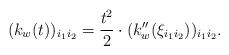
LaTeX: \begin{align*}(k_w(t))_{i_1 i_2} = \frac{t^2}{2} \cdot (k_w ''(\xi_{i_1 i_2}))_{i_1 i_2} . \end{align*}